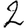
Digit: 2